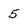
Character: 5